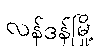
လန်ဒန်မြို့